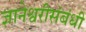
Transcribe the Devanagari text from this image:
ज्ञानेश्वरीसंबंधी